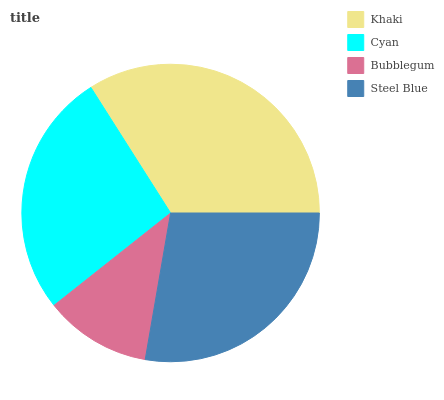
| Khaki | Cyan | Bubblegum | Steel Blue |
 | --- | --- | --- | --- |
 | 34% | 26.7% | 11.6% | 27.7% |